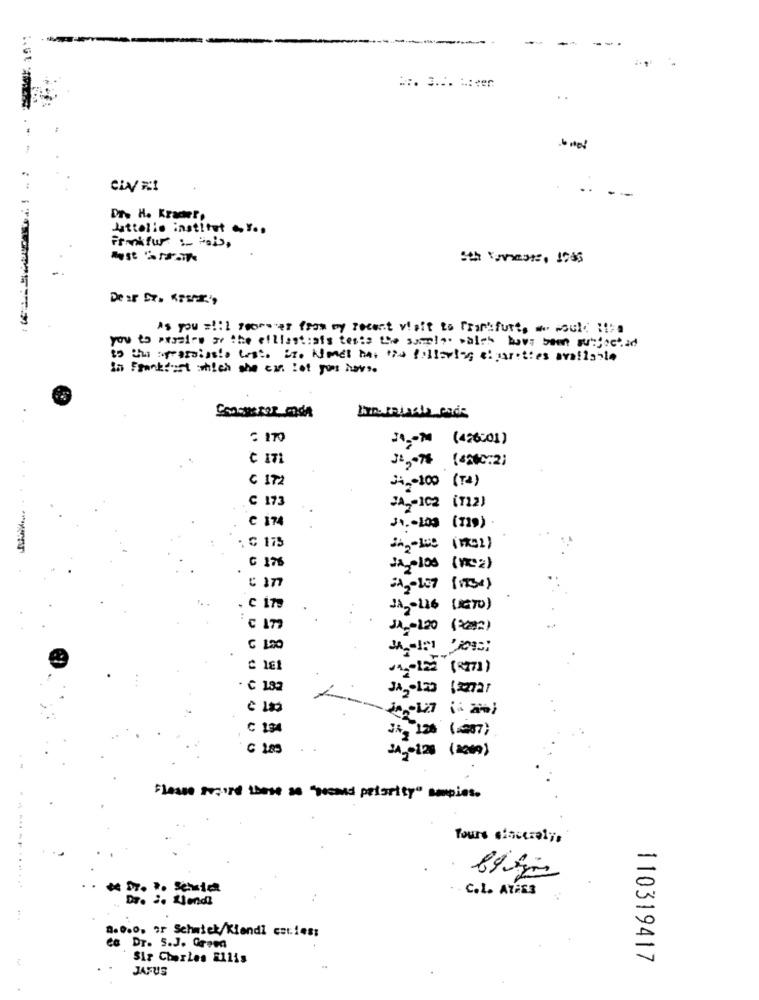
. .
Dr. H. Kracher,
Jattalie institut ....
Frankfur :- "als,
Sth Vorments, 1985
-
Dear Dr. KTER',
As you =!: I sporever from my recent visit to Frankfurt, a cool :>a
you to peraire ar the elllast:als tests the sample. walsh bove been succedad
to the seassinala test. it. Kimet hat the following elparties available
In Frankfurt which she can lot you have.
Dr. salasla_cada
= 170
24-M (426001)
€ 171
34,7% (4200:2)
€ 172
342-100 (14)
C 173
JA2-102 (112)
C 174
JA .- 109 (119)
; ℃ 175
€ 176
JA plos (vicz)
JA2-116 ( 1970)
JA .- 120 (02)
€ 100
· C 182
C 13
JA, 130 (2007)
€ 1.85
Flesse second those as "pocard priority" amples.
Tours sincerely,
Dr. 2. 2und
1.0.0, or Schwick/Kiendl csclass
es Dr. 5.J. Grena
Sir Charles Ellis
110319417
JAFUS